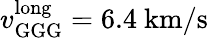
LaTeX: v_{\mathrm{GGG}}^{\mathrm{long}}=6.4~\mathrm{km/s}